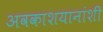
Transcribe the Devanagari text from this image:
अवकाशयानांशी